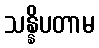
သန္နိပတာမ